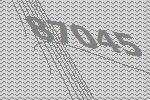
87045